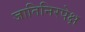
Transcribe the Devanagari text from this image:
जातिनिरपेक्ष